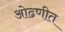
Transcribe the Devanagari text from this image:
ओढणीत